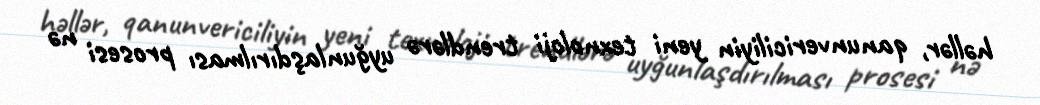
həllər, qanunvericiliyin yeni texnoloji trendlərə uyğunlaşdırılması prosesi nə